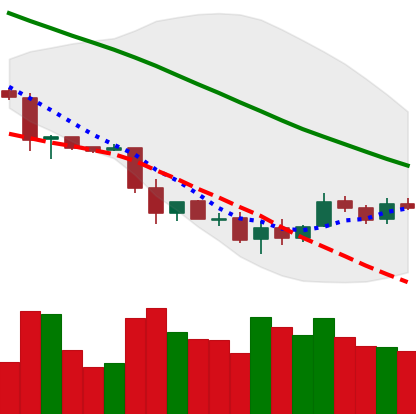
Ticker: LTC-USD
Chart end date: 2018-12-02
Forward return: -25.036%
Label: down_7plus